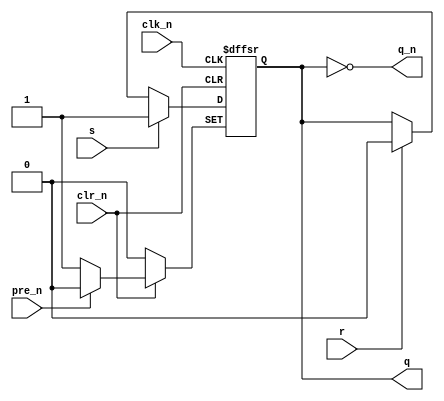
module sr_ff(
  q, q_n,
  clk_n,
  pre_n, clr_n,
  s, r
);

  output q, q_n;
  reg    q_npd;   // q output with no propagation delay
  input  clk_n;
  input  pre_n, clr_n;
  input  s, r;

  always @ (negedge clk_n or negedge pre_n or negedge clr_n)
    begin
      if (!pre_n)
        q_npd <= 1;
      else if (!clr_n)
        q_npd <= 0;
      else
        if (s)
          q_npd <= 1;
        else if (r)
          q_npd <= 0;
    end

  assign #2 q   = q_npd;
  assign    q_n = ~q;

endmodule